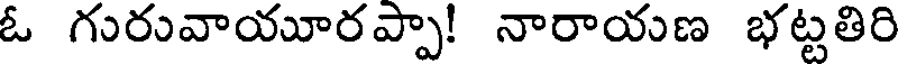
ఓ గురువాయూరప్పా! నారాయణ భట్టతిరి